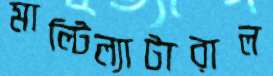
মাল্টিল্যাটারাল